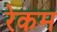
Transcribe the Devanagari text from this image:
रेकम